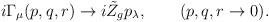
LaTeX: \begin{align*}i \Gamma_{\mu}(p,q,r)\to i \tilde{Z}_g p_{\lambda},\qquad (p,q,r \to 0).\end{align*}